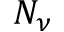
N _ { \nu }